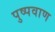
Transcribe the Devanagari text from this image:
पुष्पवाण